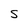
Character: S